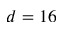
d = 1 6